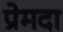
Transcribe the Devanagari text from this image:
प्रेमदा